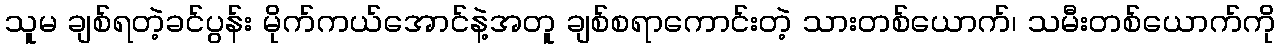
သူမ ချစ်ရတဲ့ခင်ပွန်း မိုက်ကယ်အောင်နဲ့အတူ ချစ်စရာကောင်းတဲ့ သားတစ်ယောက်၊ သမီးတစ်ယောက်ကို